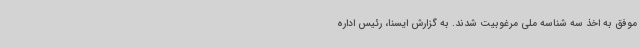
موفق به اخذ سه شناسه ملی مرغوبیت شدند. به گزارش ایسنا، رئیس اداره